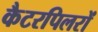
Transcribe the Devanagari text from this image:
कैटरपिलरों